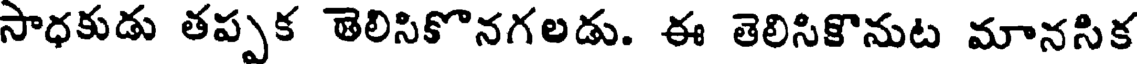
సాధకుడు తప్పక తెలిసికొనగలడు. ఈ తెలిసికొనుట మానసిక